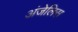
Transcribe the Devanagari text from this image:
अंजेलिस